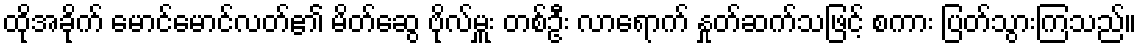
ထိုအခိုက် မောင်မောင်လတ်၏ မိတ်ဆွေ ဗိုလ်မှူး တစ်ဦး လာရောက် နှုတ်ဆက်သဖြင့် စကား ပြတ်သွားကြသည်။